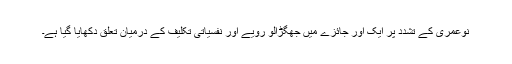
نوعمری کے تشدد پر ایک اور جائزے میں جھگڑالو رویے اور نفسیاتی تکلیف کے درمیان تعلق دکھایا گیا ہے۔